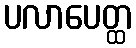
ပလာပေတ္ထ